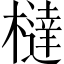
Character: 橽